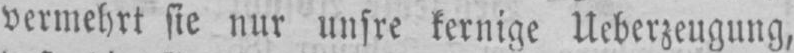
vermehrt sie nur unsre kernige Ueberzeugung,